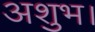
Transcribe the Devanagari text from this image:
अशुभ।